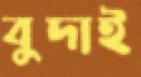
বুদাই